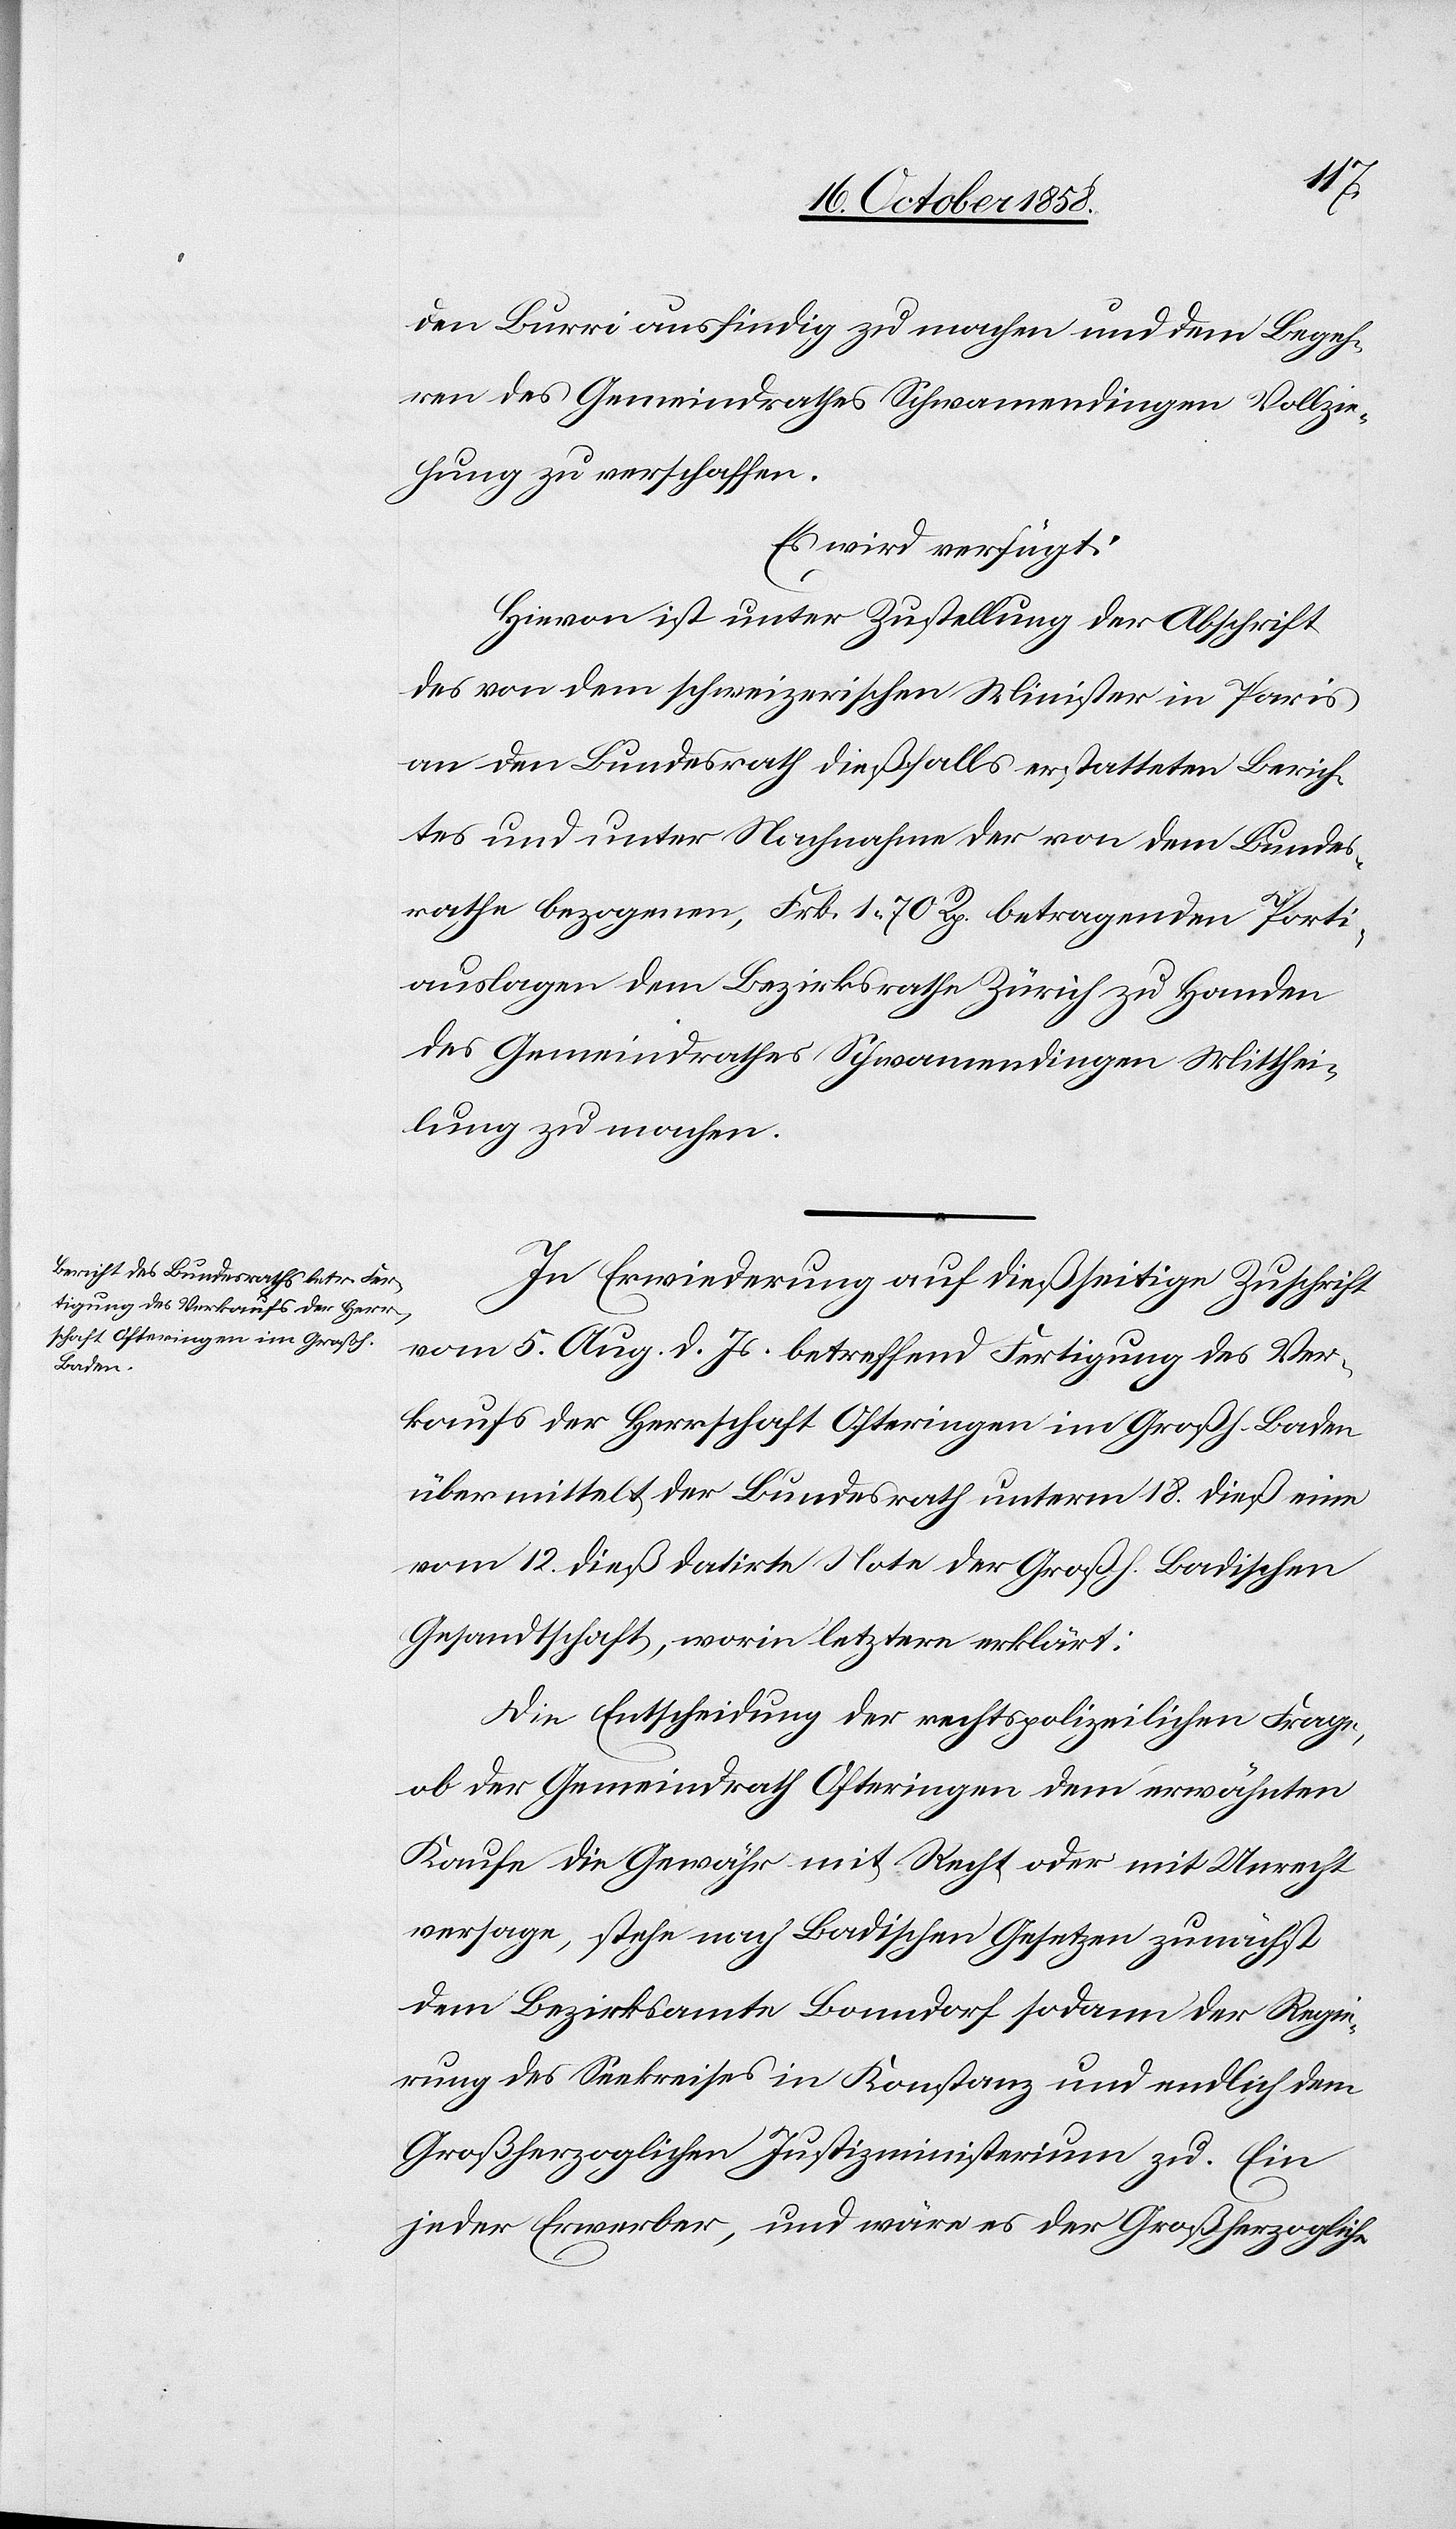
20. October 1858.]
den Burri ausfindig zu machen und dem Begeh¬
ren des Gemeindrathes Schwamendingen Vollzie¬
hung zu verschaffen.
Es wird verfügt:
Hievon ist unter Zustellung der Abschrift
des von dem schweizerischen Minister in Paris
an den Bundesrath dießfalls erstatteten Berich¬
tes und unter Nachnahme der von dem Bundes¬
rathe bezogenen, Frk. 1 70 Rp. betragenden Porti¬
auslagen dem Bezirksrathe Zürich zu Handen
des Gemeindrathes Schwamendingen Mitthei¬
lung zu machen.
In Erwiederung auf dießseitige Zuschrift
vom 5. Aug. d. Js. betreffend Fertigung des Ver¬
kaufs der Herrschaft Ofteringen im Großh. Baden
übermittelt der Bundesrath unterm 18. dieß eine
vom 12. dieß datirte Note der Großh. Badischen
Gesandtschaft, worin letztere erklärt:
Die Entscheidung der rechtspolizeilichen Frage,
ob der Gemeindrath Ofteringen dem erwähnten
Kaufe die Gewähr mit Recht oder mit Unrecht
versage, stehe nach Badischen Gesetzen zunächst
dem Bezirksamte Bonndorf sodann der Regie¬
rung des Seekreises in Konstanz und endlich dem
Großherzoglichen Justizministerium zu. Ein
jeder Erwerber, und wäre es der Großherzogliche